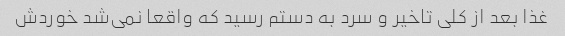
غذا بعد از کلی تاخیر و سرد به دستم رسید که واقعا نمی‌شد خوردش